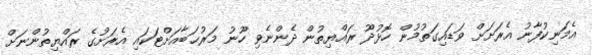
އެމަނިކުފާނު އެރަށަށް ވަޑައިގަތުމުން ހޮޅުދޫ ރައްޔިތުން ދެންނެވި ހޫނު މަރުޙަބާއަށްޓަކައި އެރަށުގެ ރައްޔިތުންނަށް